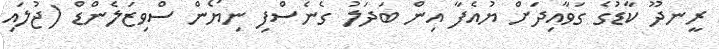
ރީނދޫ ކާޑުގެ ގަވާއިދަށް ޔުއެފާ އިން ބަދަލު ގެނެސްފި ނިޔޯން ސްވިޒަލެންޑް (ޖުލައި